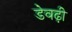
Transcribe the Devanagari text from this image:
डेवढ़ी